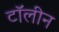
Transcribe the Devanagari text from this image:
टॉलीन